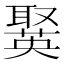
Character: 𦗘